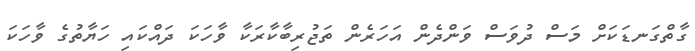
ގާތްގަނޑަކަށް މަސް ދުވަސް ވަންދެން އަހަރެން ތަޖުރިބާކާރަކާ ވާހަކަ ދައްކައި ހަޔާތުގެ ވާހަކަ